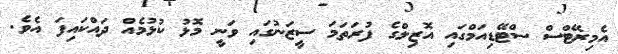
އެމިރޭޓްސް ސްޓޭޑިއަމްގައި އޮޒިލްގެ ފުރަތަމަ ސީޒަނުގައި ވަނީ މޮޅު ކުޅުމެއް ދައްކައިފަ އެވެ.